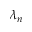
\lambda _ { n }